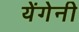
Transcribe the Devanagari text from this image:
येंगेनी